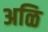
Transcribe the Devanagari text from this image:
अळि